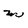
Character: m